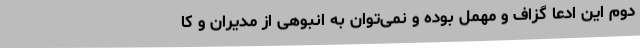
دوم این ادعا گزاف و مهمل بوده و نمی‌توان به انبوهی از مدیران و کا